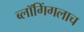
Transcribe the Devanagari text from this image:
ब्लॉगिंगलाच